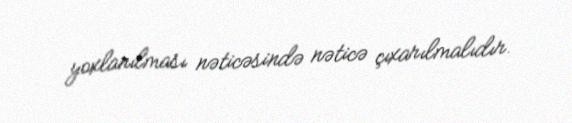
yoxlanılması nəticəsində nəticə çıxarılmalıdır.